Note on the mental hospitals in Burma - 1925-1940
Year: 1925
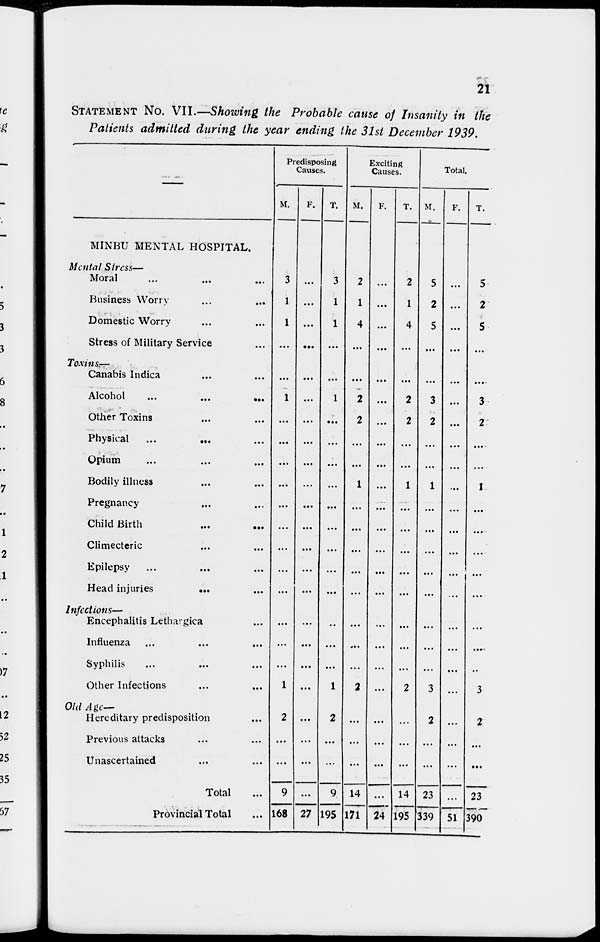
21
STATEMENT No. VII.—Showing the Probable cause of Insanity in the
Patients admitted during the year ending the 31st December 1939.
MINBU MENTAL HOSPITAL.
Mental Stress—
Moral ... ... ...
Business Worry
...
...
Domestic Worry ... ...
Stress of Military Service ...
Toxins.—
Canabis Indica ... ...
Alcohol
...
...
...
Other Toxins ... ...
Physical ... ... ...
Opium ... ... ...
Bodily illness ... ...
Pregnancy ... ...
Child Birth ... ...
Climecteric ... ...
Epilepsy ... ... ...
Head injuries
...
...
Infections—
Encephalitis Lethargica ...
Influenza ... ... ...
Syphilis ... ... ...
Other Infections ... ...
Old Age—
Hereditary predisposition ...
Previous attacks ... ...
Unascertained ... ...
Total ...
Provincial Total ...
Predisposing
Causes.
M.
3
1
1
...
...
1
...
...
...
...
...
...
...
...
...
...
...
...
1
2
...
...
9
168
F.
...
...
...
...
...
...
...
...
...
...
...
...
...
...
...
...
...
...
...
...
...
...
...
27
T.
3
1
1
...
...
1
...
...
...
...
...
...
...
...
...
...
...
...
1
2
...
...
9
195
Exciting
Causes.
M.
2
1
4
...
...
2
2
...
...
1
...
...
...
...
...
...
...
...
2
...
...
...
14
171
F.
...
...
...
...
...
...
...
...
...
...
...
...
...
...
...
...
...
...
...
...
...
...
...
24
T.
2
1
4
...
...
2
2
...
...
1
...
...
...
...
...
...
...
...
2
...
...
...
14
195
Total.
M.
5
2
5
...
...
3
2
...
...
1
...
...
...
...
...
...
...
...
3
2
...
...
23
339
F.
...
...
...
...
...
...
...
...
...
...
...
...
...
...
...
...
...
...
...
...
...
...
...
51
T.
5
2
5
...
...
3
2
...
...
1
...
...
....
...
...
...
...
..
3
2
...
...
23
390